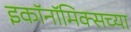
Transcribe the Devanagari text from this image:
इकॉनॉमिक्सच्या